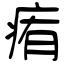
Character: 痏